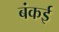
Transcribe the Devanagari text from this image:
बंकई